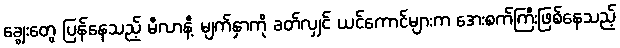
ချွေးတွေ ပြန်နေသည့် မီလာနီ့ မျက်နှာကို ခတ်လျှင် ယင်ကောင်များက အေးစက်ကြီးဖြစ်နေသည့်